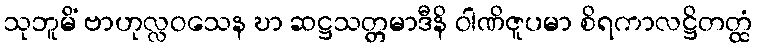
သုဘူမိံ ဗာဟုလ္လဝသေန ဎာ ဆဋ္ဌသတ္တမာဒီနိ ဝါဏိဇူပမာ စိရကာလဋ္ဌိတတ္ထံ